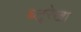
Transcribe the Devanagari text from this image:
ब्लूरेखा